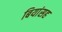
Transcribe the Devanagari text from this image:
बियांसह